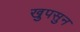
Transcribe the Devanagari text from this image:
खुपसुन